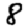
Digit: 8